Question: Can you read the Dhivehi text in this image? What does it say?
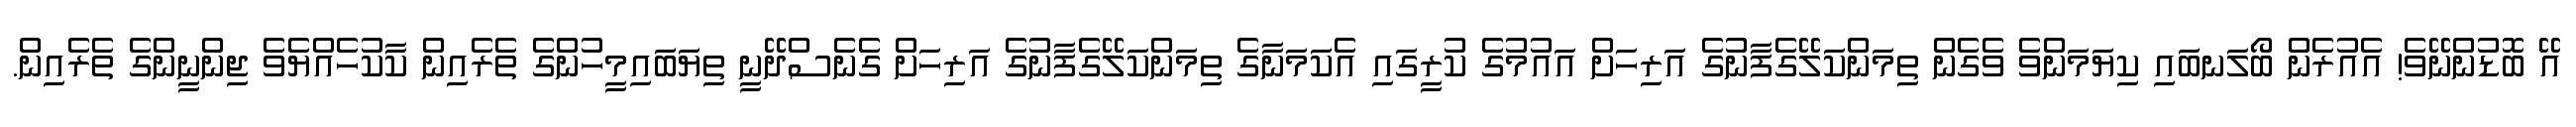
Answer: އޭ ބޮޑުންނޭވެ! އެއުރެން ބޯލަނބައި ކިޔަމަންވެ ވެގެން ތިމަންކަލޭގެފާނުގެ އަރިހަށް އައުމުގެ ކުރީގައި އެކަމަނާގެ ތިމަންކަލޭގެފާނުގެ އަރިހަށް ގެނެސްދޭނީ ތިޔަބައިމީހުންގެ ތެރެއިން ކާކުހެއްޔެވެ ޖިންނީންގެ ތެރެއިން.